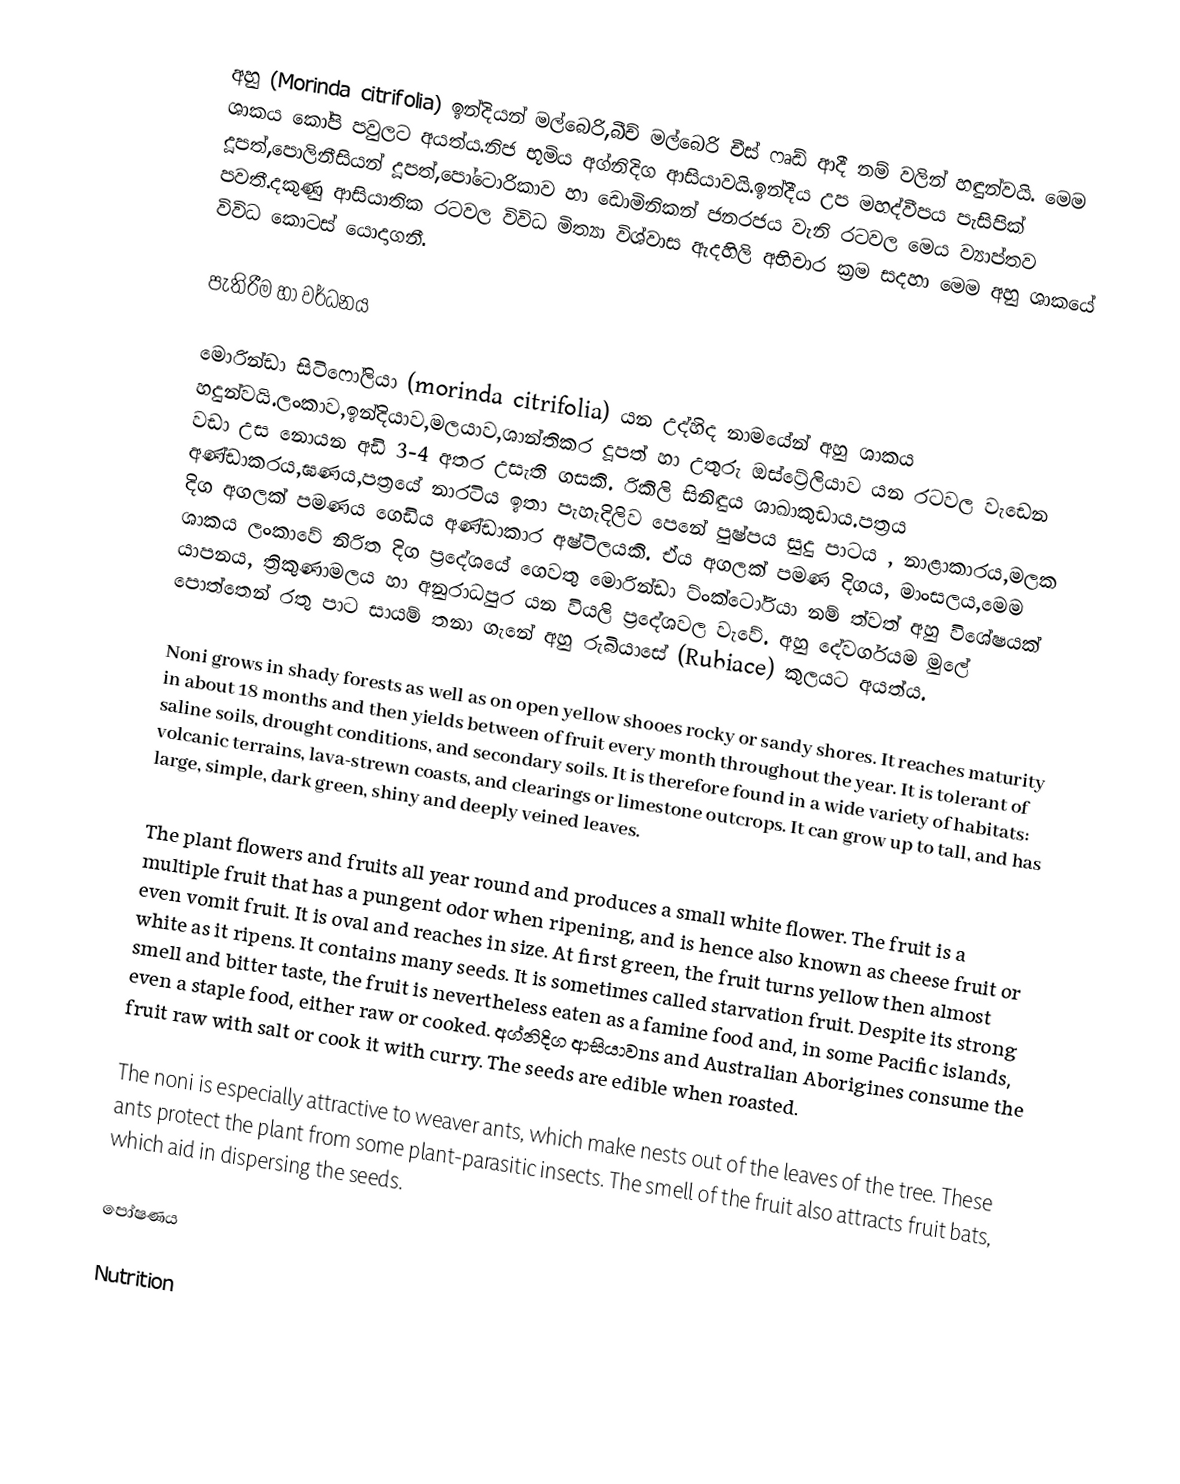
අහු (Morinda citrifolia)  ඉන්දියන් මල්බෙරි,බීච් මල්බෙරි චීස් ෆෘඩ් ආදී නම් වලින් හඳුන්වයි. මෙම ශාකය කෝපි පවුලට අයත්ය.නිජ භූමිය අග්නිදිග ආසියාවයි.ඉන්දීය උප මහද්වීපය පැසිපික් දූපත්,පොලිනීසියන් දූපත්,පෝටොරිකාව හා ඩොමිනිකන් ජනරජය වැනි රටවල මෙය ව්‍යාප්තව පවතී.දකුණු ආසියාතික රටවල විවිධ මිත්‍යා විශ්වාස ඇදහිලි අභිචාර ක්‍රම සදහා මෙම අහු ශාකයේ විවිධ කොටස් යොදාගනී.

පැතිරීම හා වර්ධනය

මොරින්ඩා සිටිෆෝලියා (morinda citrifolia) යන උද්හිද නාමයේන් අහු ශාකය හදුන්වයි.ලංකාව,ඉන්දියාව,මලයාව,ශාන්තිකර දූපත් හා උතුරු ඔස්ට්‍රේලියාව යන රටවල වැඩෙන වඩා උස නොයන අඩි 3-4 අතර උසැති ගසකි. රිකිලි සිනිඳුය ශාඛාකුඩාය.පත්‍රය  අණ්ඩාකරය,ඝණය,පත්‍රයේ නාරටිය ඉතා පැහැදිලිව පෙනේ පුෂ්පය සුදු පාටය , නාළාකාරය,මලක දිග අගලක් පමණය ගෙඩිය අණ්ඩාකාර අෂ්ටිලයකි. ඒය අගලක් පමණ දිගය, මාංසලය,මෙම ශාකය ලංකාවේ නිරිත දිග ප්‍රදේශයේ ගෙවතු මොරින්ඩා ට්ංක්ටෝරියා නම්  ත්වත් අහු විශේෂයක් යාපනය, ත්‍රිකුණාමලය හා අනුරාධපුර යන වියලි ප්‍රදේශවල වැවේ. අහු දේවර්ගයම මුලේ පොත්තෙන් රතු පාට  සායම් තනා ගැනේ අහු රුබියාසේ (Rubiace) කුලයට අයත්ය.

Noni grows in shady forests as well as on open yellow shooes rocky or sandy shores. It reaches maturity in about 18 months and then yields between  of fruit every month throughout the year. It is tolerant of saline soils, drought conditions, and secondary soils. It is therefore found in a wide variety of habitats: volcanic terrains, lava-strewn coasts, and clearings or limestone outcrops. It can grow up to  tall, and has large, simple, dark green, shiny and deeply veined leaves.

The plant flowers and fruits all year round and produces a small white flower. The fruit is a multiple fruit that has a pungent odor when ripening, and is hence also known as cheese fruit or even vomit fruit. It is oval and reaches  in size. At first green, the fruit turns yellow then almost white as it ripens. It contains many seeds. It is sometimes called starvation fruit. Despite its strong smell and bitter taste, the fruit is nevertheless eaten as a famine food and, in some Pacific islands, even a staple food, either raw or cooked. අග්නිදිග ආසියාවns and Australian Aborigines consume the fruit raw with salt or cook it with curry. The seeds are edible when roasted.

The noni is especially attractive to weaver ants, which make nests out of the leaves of the tree. These ants protect the plant from some plant-parasitic insects.  The smell of the fruit also attracts fruit bats, which aid in dispersing the seeds.

පෝෂණය

Nutrition